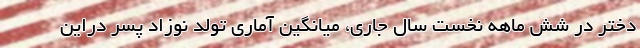
دختر در شش ماهه نخست سال جاری، میانگین آماری تولد نوزاد پسر دراین